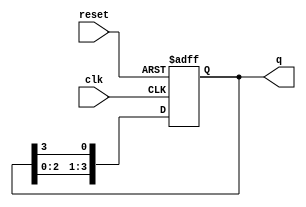
module ring_counter (
    input wire clk,        // Clock input
    input wire reset,      // Asynchronous reset input
    output reg [N-1:0] q   // Output state of the ring counter
);
    parameter N = 4;       // Number of stages (flip-flops)

    always @(posedge clk or posedge reset) begin
        if (reset) begin
            // Initialize the counter: set the first flip-flop to '1' and others to '0'
            q <= 1'b1; // Set the first flip-flop to '1'
        end else begin
            // Shift the '1' to the next flip-flop
            q <= {q[N-2:0], q[N-1]}; // Shift left and wrap around
        end
    end
endmodule